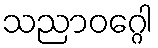
သညာဝဂ္ဂေါ